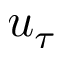
u _ { \tau }